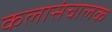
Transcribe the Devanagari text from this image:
कलासंचालक